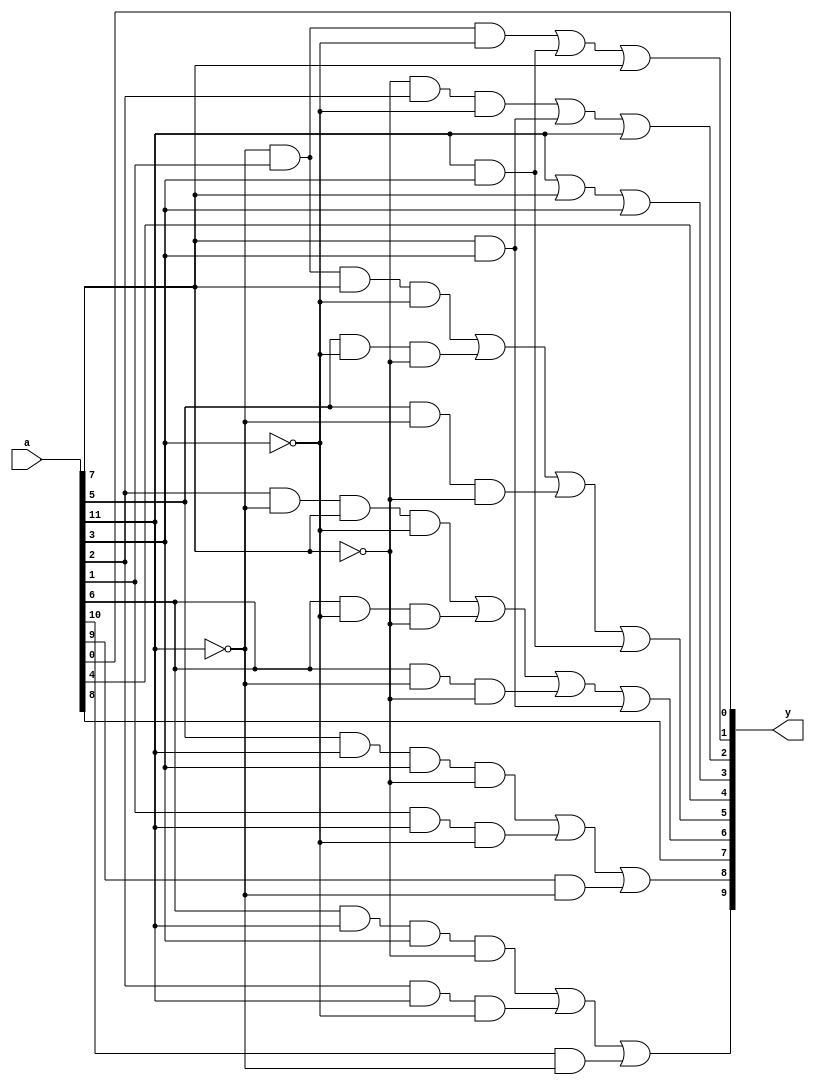
module xu0_bcd_bcdtd(
   input [0:11] a,
   output [0:9] y
);

   assign y[0] = (a[5] & a[0] & a[8] & (~a[4])) | (a[9] & a[0] & (~a[8])) | (a[1] & (~a[0]));
   assign y[1] = (a[6] & a[0] & a[8] & (~a[4])) | (a[10] & a[0] & (~a[8])) | (a[2] & (~a[0]));
   assign y[2] = a[3];
   assign y[3] = (a[9] &  (~a[0]) & a[4] & (~a[8])) | (a[5] & (~a[8]) & (~a[4])) | (a[5] & (~a[0]) & (~a[4])) | (a[4] & a[8]);
   assign y[4] = (a[10] & (~a[0]) & a[4] & (~a[8])) | (a[6] & (~a[8]) & (~a[4])) | (a[6] & (~a[0]) & (~a[4])) | (a[0] & a[8]);
   assign y[5] = a[7];
   assign y[6] = a[0] | a[4] | a[8];
   assign y[7] = ((~a[4]) & a[9] &  (~a[8])) | (a[4] & a[8]) | a[0];
   assign y[8] = ((~a[0]) & a[10] & (~a[8])) | (a[0] & a[8]) | a[4];
   assign y[9] = a[11];

endmodule